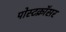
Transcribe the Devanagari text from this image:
पोस्टक्रॉसर